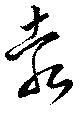
袁